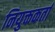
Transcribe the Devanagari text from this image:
नियुक्तकर्ता